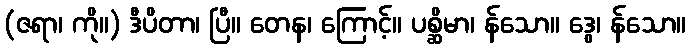
(ဇရာ၊ ကို။) ဒီပိတာ၊ ပြီ။ တေန၊ ကြောင့်။ ပစ္ဆိမာ၊ န်သော။ ဒွေ၊ န်သော။